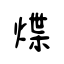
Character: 煠